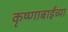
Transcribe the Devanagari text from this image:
कृष्णाबाईंच्या